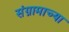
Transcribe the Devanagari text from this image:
संग्रामाच्या